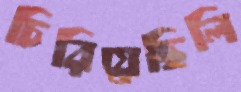
চিরিয়েছিলি